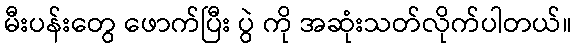
မီးပန်းတွေ ဖောက်ပြီး ပွဲ ကို အဆုံးသတ်လိုက်ပါတယ်။